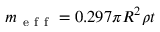
m _ { \mathrm { ~ e ~ f ~ f ~ } } = 0 . 2 9 7 \pi R ^ { 2 } \rho t